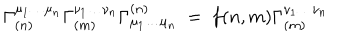
LaTeX: \Gamma _ { ( n ) } ^ { \mu _ { 1 } \ldots \mu _ { n } } \Gamma _ { ( m ) } ^ { \nu _ { 1 } \ldots \nu _ { n } } \Gamma _ { \mu _ { 1 } \ldots \mu _ { n } } ^ { ( n ) } ~ = ~ f ( n , m ) \Gamma _ { ( m ) } ^ { \nu _ { 1 } \ldots \nu _ { n } }